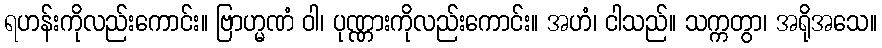
ရဟန်းကိုလည်းကောင်း။ ဗြာဟ္မဏံ ဝါ၊ ပုဏ္ဏားကိုလည်းကောင်း။ အဟံ၊ ငါသည်။ သက္ကတွာ၊ အရိုအသေ။